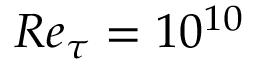
R e _ { \tau } = 1 0 ^ { 1 0 }